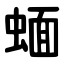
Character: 蝒